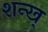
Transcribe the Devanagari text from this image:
शन्ख्